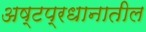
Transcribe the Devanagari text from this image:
अष्टप्रधानातील